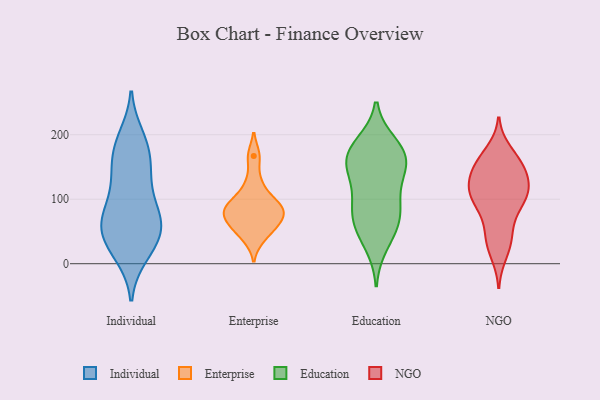
{"axis": {"x": "Production Output", "y": "Value"}, "legend": ["Education", "Enterprise", "Individual", "NGO"], "data": [{"x": "", "y": 188, "type": "Individual"}, {"x": "", "y": 56, "type": "Individual"}, {"x": "", "y": 82, "type": "Individual"}, {"x": "", "y": 41, "type": "Individual"}, {"x": "", "y": 161, "type": "Individual"}, {"x": "", "y": 45, "type": "Individual"}, {"x": "", "y": 127, "type": "Individual"}, {"x": "", "y": 71, "type": "Individual"}, {"x": "", "y": 13, "type": "Individual"}, {"x": "", "y": 70, "type": "Individual"}, {"x": "", "y": 153, "type": "Individual"}, {"x": "", "y": 197, "type": "Individual"}, {"x": "", "y": 39, "type": "Individual"}, {"x": "", "y": 187, "type": "Individual"}, {"x": "", "y": 87, "type": "Individual"}, {"x": "", "y": 38, "type": "Individual"}, {"x": "", "y": 13, "type": "Individual"}, {"x": "", "y": 150, "type": "Individual"}, {"x": "", "y": 73, "type": "Individual"}, {"x": "", "y": 120, "type": "Individual"}, {"x": "", "y": 72, "type": "Enterprise"}, {"x": "", "y": 57, "type": "Enterprise"}, {"x": "", "y": 92, "type": "Enterprise"}, {"x": "", "y": 98, "type": "Enterprise"}, {"x": "", "y": 85, "type": "Enterprise"}, {"x": "", "y": 80, "type": "Enterprise"}, {"x": "", "y": 167, "type": "Enterprise"}, {"x": "", "y": 39, "type": "Enterprise"}, {"x": "", "y": 125, "type": "Enterprise"}, {"x": "", "y": 62, "type": "Enterprise"}, {"x": "", "y": 66, "type": "Education"}, {"x": "", "y": 169, "type": "Education"}, {"x": "", "y": 179, "type": "Education"}, {"x": "", "y": 29, "type": "Education"}, {"x": "", "y": 52, "type": "Education"}, {"x": "", "y": 89, "type": "Education"}, {"x": "", "y": 139, "type": "Education"}, {"x": "", "y": 186, "type": "Education"}, {"x": "", "y": 91, "type": "Education"}, {"x": "", "y": 174, "type": "Education"}, {"x": "", "y": 99, "type": "Education"}, {"x": "", "y": 144, "type": "Education"}, {"x": "", "y": 62, "type": "Education"}, {"x": "", "y": 149, "type": "Education"}, {"x": "", "y": 158, "type": "Education"}, {"x": "", "y": 95, "type": "NGO"}, {"x": "", "y": 98, "type": "NGO"}, {"x": "", "y": 114, "type": "NGO"}, {"x": "", "y": 30, "type": "NGO"}, {"x": "", "y": 40, "type": "NGO"}, {"x": "", "y": 101, "type": "NGO"}, {"x": "", "y": 99, "type": "NGO"}, {"x": "", "y": 127, "type": "NGO"}, {"x": "", "y": 124, "type": "NGO"}, {"x": "", "y": 125, "type": "NGO"}, {"x": "", "y": 153, "type": "NGO"}, {"x": "", "y": 156, "type": "NGO"}, {"x": "", "y": 173, "type": "NGO"}, {"x": "", "y": 107, "type": "NGO"}, {"x": "", "y": 138, "type": "NGO"}, {"x": "", "y": 45, "type": "NGO"}, {"x": "", "y": 16, "type": "NGO"}, {"x": "", "y": 159, "type": "NGO"}, {"x": "", "y": 70, "type": "NGO"}, {"x": "", "y": 157, "type": "NGO"}]}